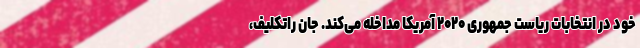
خود در انتخابات ریاست جمهوری ۲۰۲۰ آمریکا مداخله می‌کند. جان راتکلیف،